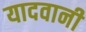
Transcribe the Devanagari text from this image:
यादवानी